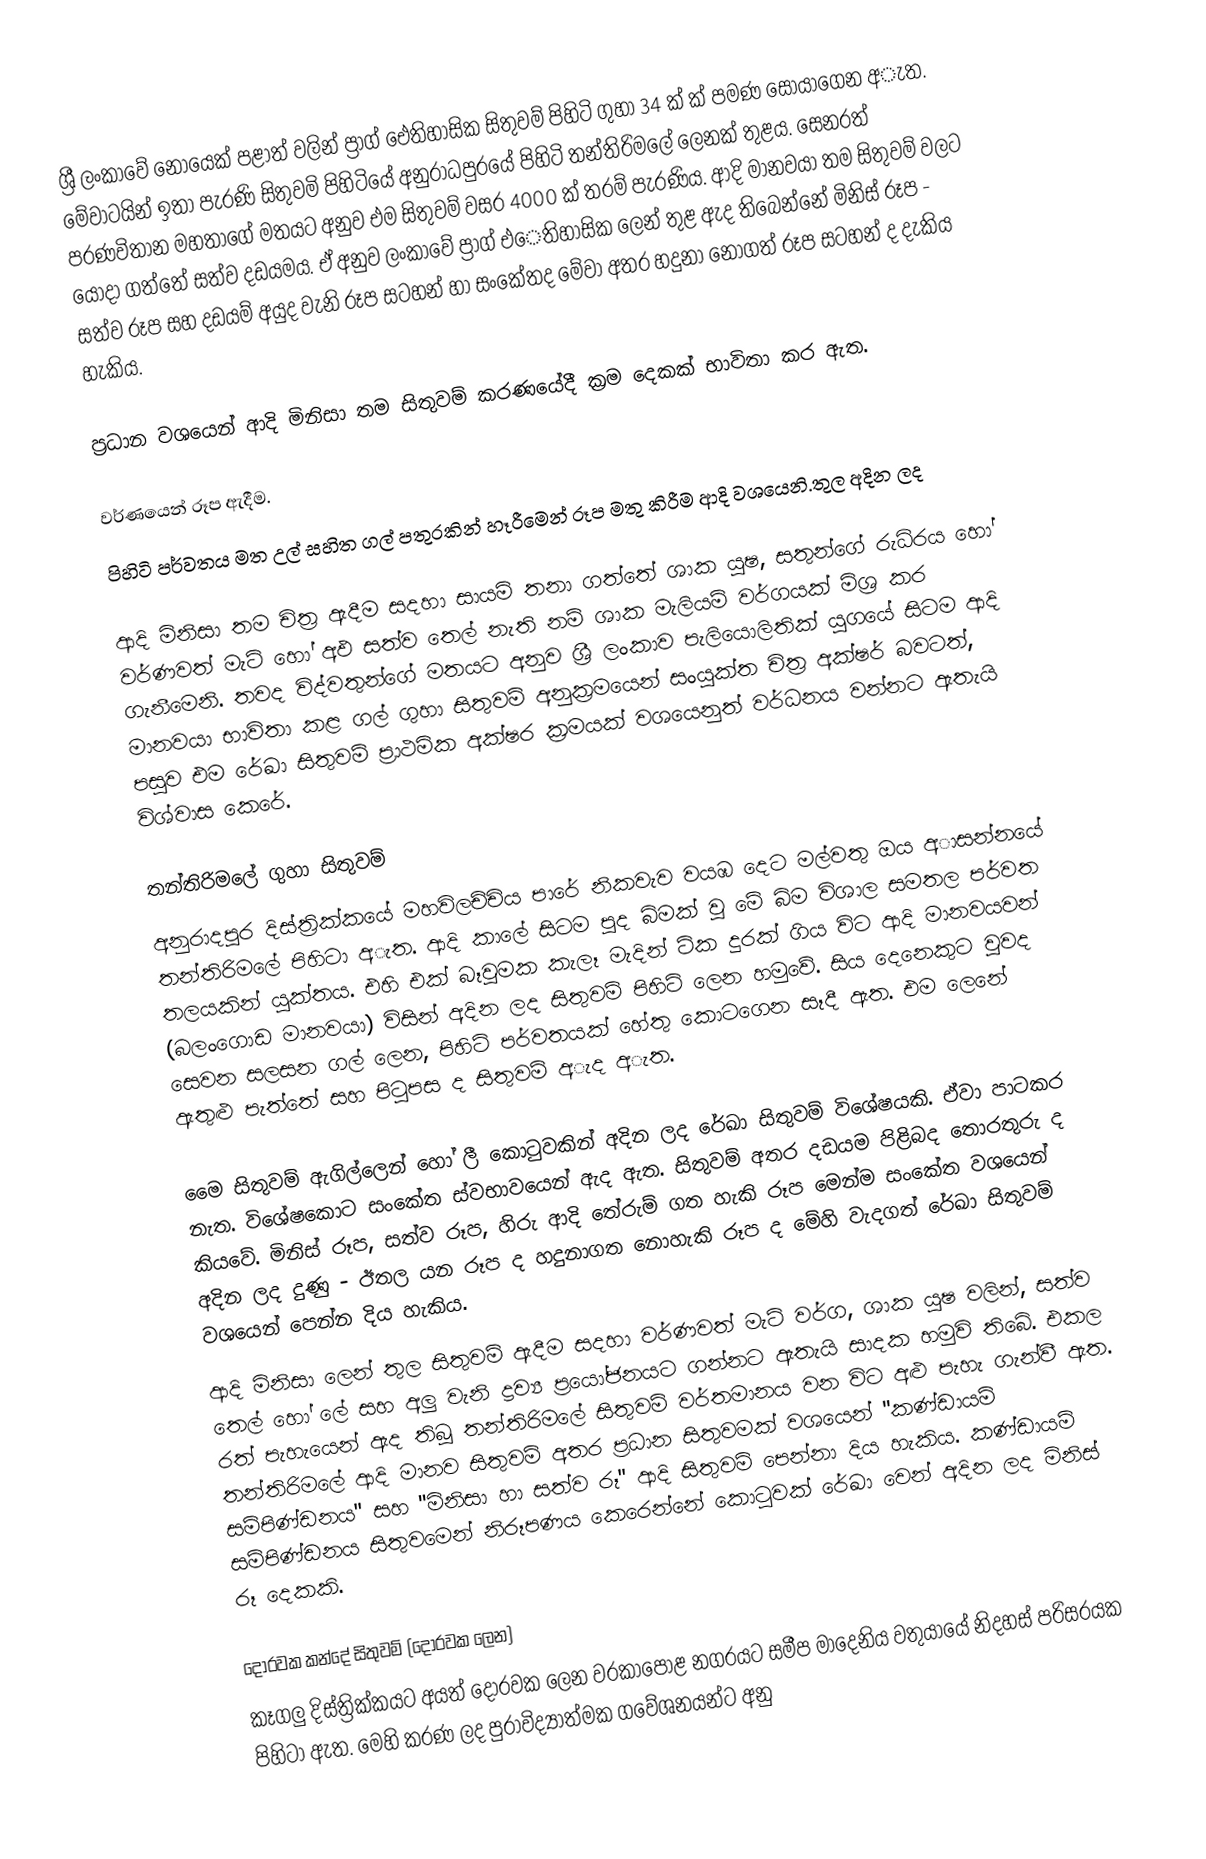
ශ්‍රී ලංකාවේ නොයෙක් පළාත් වලින් ප්‍රාග් ඓතිහාසික සිතුවම් පිහිටි ගුහා 34 ක් ක් පමණ සොයාගෙන අැත‍‍. මේවාටයින් ඉතා පැරණි සිතුවමි පිහිටියේ අනුරාධපුරයේ පිහිටි තන්තිරිමලේ ලෙනක් තුළය. සෙනරත් පරණවිතාන මහතාගේ මතයට අනුව එම සිතුවම් වසර 4000 ක් තරම් පැරණිය. ආදි මානවයා තම සිතුවම් වලට යොදා ගත්තේ සත්ව දඩයමය. ඒ අනුව ලංකාවේ ප්‍රාග් එෙතිහාසික ලෙන් තුළ ඇද තිබෙන්නේ මිනිස් රූප - සත්ව රූප සහ දඩයම් අයුද වැනි රූප සටහන් හා සංකේතද මේවා අතර හදුනා නොගත් රූප සටහන් ද දැකිය හැකිය.

ප්‍රධාන වශයෙන් ආදි මිනිසා තම සිතුවම් කරණයේදී ක්‍රම දෙකක් භාවිතා කර ඇත.

 වර්ණයෙන් රූප ඇදීම.
 පිහිටි පර්වතය මත උල් සහිත ගල් පතුරකින් හෑරීමෙන් රූප මතු කිරීම ආදි වශයෙනි.තුල අදින ලද

ආදි මිනිසා තම චිත්‍ර ඇදීම සදහා සායමි තනා ගත්තේ ශාක යුෂ, සතුන්ගේ රුධිරය හෝ වර්ණවත් මැටි හෝ අඵ සත්ව තෙල් නැති නම් ශාක මැලියම් වර්ගයක් මිශ්‍ර කර ගැනීමෙනි. තවද විද්වතුන්ගේ මතයට අනුව ශ්‍රී ලංකාව පැලියොලිතික් යුගයේ සිටම ආදි මානවයා භාවිතා කළ ගල් ගුහා සිතුවම් අනුක්‍රමයෙන් සංයුක්ත චිත්‍ර අක්ෂර් බවටත්, පසුව එම රේඛා සිතුවම් ප්‍රාථමික අක්ෂර ක්‍රමයක් වශයෙනුත් වර්ධනය වන්නට ඇතැයි විශ්වාස කෙරේ.

තන්තිරිමලේ ගුහා සිතුවම්
අනුරාදපුර දිස්ත්‍රික්කයේ මහවිලච්චිය පාරේ නිකවැව වයඹ දෙට මල්වතු ඔය අාසන්නයේ තන්තිරිමලේ පිහිටා අැත‍. ආදි කාලේ සිටම පුද බිමක් වූ මේ බිම විශාල සමතල පර්වත තලයකින් යුක්තය. එහි එක්  බෑවුමක කැලෑ මැදින් ටික දුරක් ගිය විට ආදි මානවයවන් (බලංගොඩ මානවයා) විසින් අදින ලද සිතුවම් පිහිටි ලෙන හමුවේ. සිය දෙනෙකුට වුවද සෙවන සලසන ගල් ලෙන, පිහිටි පර්වතයක් හේතු කොටගෙන සෑදී ඇත. එම ලෙනේ ඇතුළු පැත්තේ සහ පිටුපස ද සිතුවම් අැද අැත.

මෙෙ සිතුවම් ඇගිල්ලෙන් හෝ ලී කොටුවකින් අදින ලද රේඛා සිතුවම් විශේෂයකි. ඒවා පාටකර නැත. විශේෂකොට සංකේත ස්වභාවයෙන් ඇද ඇත. සිතුවම් අතර දඩයම පිළිබද තොරතුරු ද කියවේ. මිනිස් රූප, සත්ව රූප, හිරු ආදි තේරුම් ගත හැකි රූප මෙන්ම සංකේත වශයෙන් අදින ලද දුණු - ඊතල යන රූප ද හදුනාගත නොහැකි රූප ද මේහි වැදගත් රේඛා සිතුවම් වශයෙන් පෙන්න දිය හැකිය.
ආදි මිනිසා ලෙන් තුල සිතුවම් ඇදීම සදහා වර්ණවත් මැටි වර්ග, ශාක යුෂ වලින්, සත්ව තෙල් හෝ ලේ සහ අලු වැනි ද්‍රව්‍ය ප්‍රයෝජනයට ගන්නට ඇතැයි සාදක හමුවි තිබේ. එකල රත් පැහැයෙන් ඇද තිබූ තන්තිරිමලේ සිතුවම් වර්තමානය වන විට අළු පැහැ ගැන්වී ඇත. තන්තිරිමලේ ආදි මානව සිතුවම් අතර ප්‍රධාන සිතුවමක් වශයෙන් ''කණ්ඩායම් සම්පිණ්ඩනය'' සහ ''මිනිසා හා සත්ව රූ'' ආදි සිතුවම් පෙන්නා දිය හැකිය. කණ්ඩායම් සම්පිණ්ඩනය සිතුවමෙන් නිරූපණය කෙරෙන්නේ කොටුවක් රේඛා වෙන් අදින ලද මිනිස් රූ දෙකකි.

දොරවක කන්දේ සිතුවම් (දොරවක ලෙන)
කෑගලු දිස්ත්‍රික්කයට අයත් දොරවක ලෙන වරකාපොළ නගරයට සමීප මාදෙනිය වතුයායේ නිදහස් පරිසරයක පිහිටා ඇත. මෙහි කරණ ලද පුරාවිද්‍යාත්මක ගවේශනයන්ට අනු